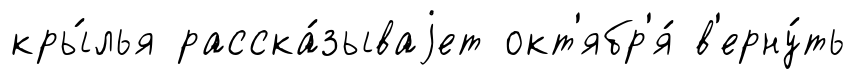
кры́лья расска́зываjет окт'ябр'я́ в'ерну́ть